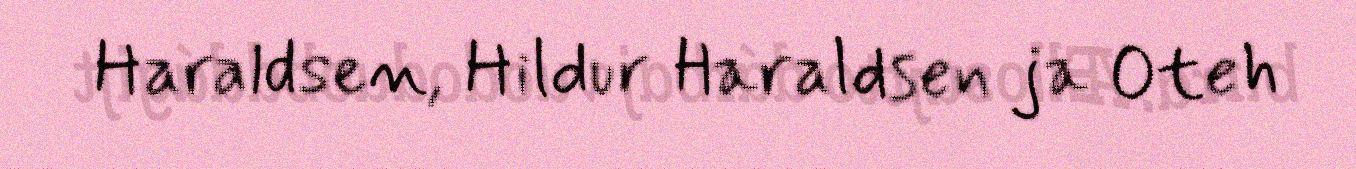
Haraldsen, Hildur Haraldsen ja Oteh